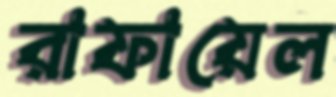
রাফায়েল